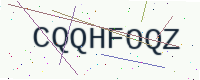
Text: CQQHFOQZ